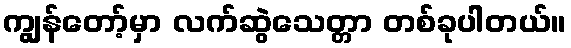
ကျွန်တော့်မှာ လက်ဆွဲသေတ္တာ တစ်ခုပါတယ်။